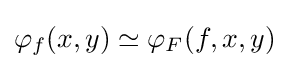
\varphi _{f}(x,y)\simeq \varphi _{F}(f,x,y)